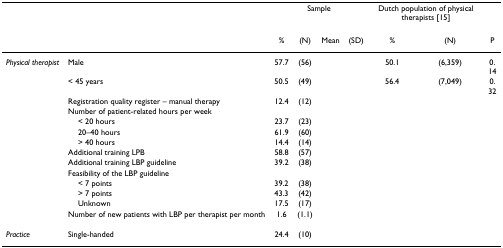
|  |  | <COLSPAN=4> Sample | <COLSPAN=2> Dutch population of physical therapists [15] |  |
 | --- | --- | --- | --- | --- | --- | --- | --- | --- |
 |  |  | % | (N) | Mean | (SD) | % | (N) | P |
 | Physical therapist | Male | 57.7 | (56) |  |  | 50.1 | (6,359) | 0.14 |
 |  | < 45 years | 50.5 | (49) |  |  | 56.4 | (7,049) | 0.32 |
 |  | Registration quality register – manual therapy | 12.4 | (12) |  |  |  |  |  |
 |  | Number of patient-related hours per week |  |  |  |  |  |  |  |
 |  | < 20 hours | 23.7 | (23) |  |  |  |  |  |
 |  | 20–40 hours | 61.9 | (60) |  |  |  |  |  |
 |  | > 40 hours | 14.4 | (14) |  |  |  |  |  |
 |  | Additional training LPB | 58.8 | (57) |  |  |  |  |  |
 |  | Additional training LBP guideline | 39.2 | (38) |  |  |  |  |  |
 |  | Feasibility of the LBP guideline |  |  |  |  |  |  |  |
 |  | < 7 points | 39.2 | (38) |  |  |  |  |  |
 |  | > 7 points | 43.3 | (42) |  |  |  |  |  |
 |  | Unknown | 17.5 | (17) |  |  |  |  |  |
 |  | Number of new patients with LBP per therapist per month | 1.6 | (1.1) |  |  |  |  |  |
 | Practice | Single-handed | 24.4 | (10) |  |  |  |  |  |